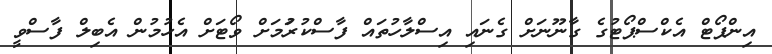
އިންޕޯޓް އެކްސްޕޯޓުގެ ގާނޫނަށް ގެނައި އިސްލާހުތައް ފާސްކުރުަމަށް ވޯޓަށް އެހުމުން އެބިލް ފާސްވީ